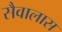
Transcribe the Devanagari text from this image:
सैवालास